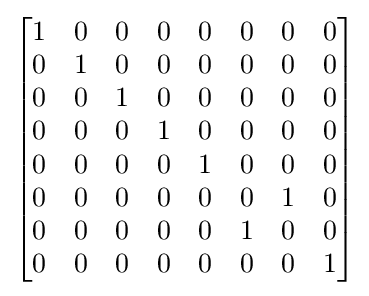
{\begin{bmatrix}1&0&0&0&0&0&0&0\\0&1&0&0&0&0&0&0\\0&0&1&0&0&0&0&0\\0&0&0&1&0&0&0&0\\0&0&0&0&1&0&0&0\\0&0&0&0&0&0&1&0\\0&0&0&0&0&1&0&0\\0&0&0&0&0&0&0&1\\\end{bmatrix}}